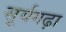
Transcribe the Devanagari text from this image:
सूर्यगढ़ा